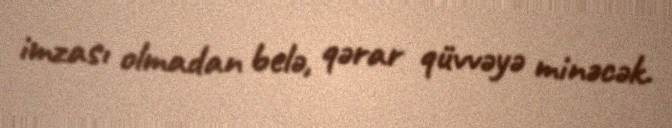
imzası olmadan belə, qərar qüvvəyə minəcək.